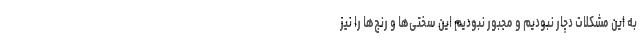
به این مشکلات دچار نبودیم و مجبور نبودیم این سختی‌ها و رنج‌ها را نیز